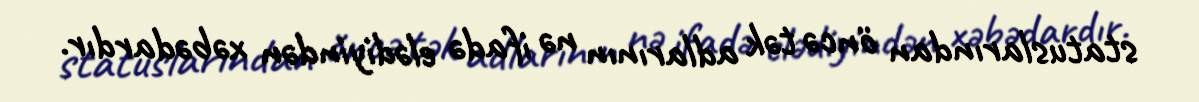
statuslarından öncə tək adlarının nə ifadə elədiyindən xəbədardır.